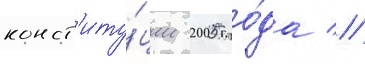
конст'иту́ции 2005 го́да //